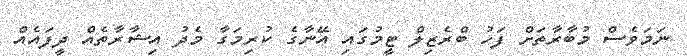
ނަމަވެސް މުބާރާތަށް ފަހު ބްރެޒިލް ޓީމުގައި އޭނާގެ ކުރިމަގާ މެދު އިޝާރާތެއް ދީފައެއް